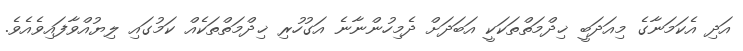
އަދި އެކަމަނާގެ މިއަދަބީ ޚިދްމަތްތަކަކީ އަބަދަށް ދެމިހުންނާނެ އަގުހުރި ޚިދްމަތްތަކެއް ކަމުގައި ލިޔުއްވާފައިވެއެވެ.